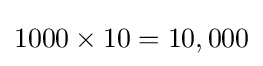
1000\times 10=10,000